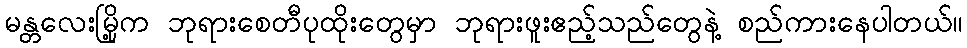
မန္တလေးမြို့က ဘုရားစေတီပုထိုးတွေမှာ ဘုရားဖူးဧည့်သည်တွေနဲ့ စည်ကားနေပါတယ်။